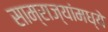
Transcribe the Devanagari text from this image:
साम्राज्यांमध्ये